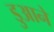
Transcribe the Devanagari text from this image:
डुआने